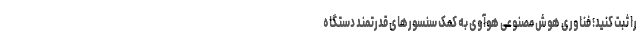
را ثبت کنید؛ فناوری هوش مصنوعی هوآوی به کمک سنسورهای قدرتمند دستگاه